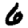
Digit: 6